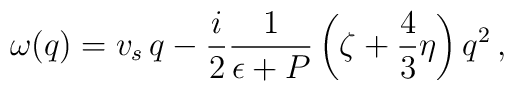
\omega(q) = v_s \, q - \frac i2 \frac1{\epsilon+P}\left(  \zeta + \frac43\eta\right) q^2\,,